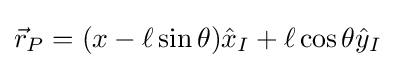
{\vec {r}}_{P}=(x-\ell \sin \theta ){\hat {x}}_{I}+\ell \cos \theta {\hat {y}}_{I}